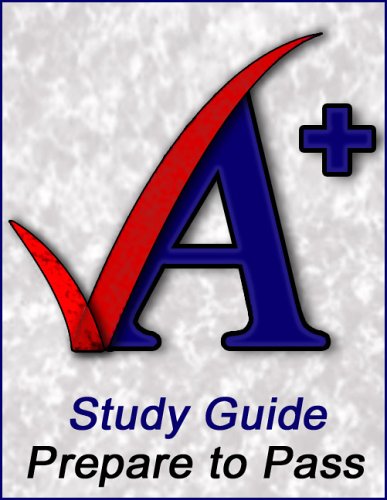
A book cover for Cosmetologia Estandar De Milady (Spanish Edition); Milady; Health, Fitness & Dieting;